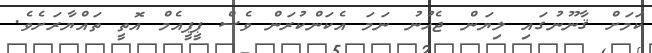
ކަމަށް ޤާނޫނުގައި ލިޔަން ޖެހުނު ނަމަ އެކަންކުރަން ވެސް ޕީޕީއެމް އޮތީ ތައްޔާރަށެވެ.